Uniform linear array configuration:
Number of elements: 12
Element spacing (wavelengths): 0.75
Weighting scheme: exponential
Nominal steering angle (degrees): -60
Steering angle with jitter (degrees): -58.713
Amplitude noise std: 0.05
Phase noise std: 0.05

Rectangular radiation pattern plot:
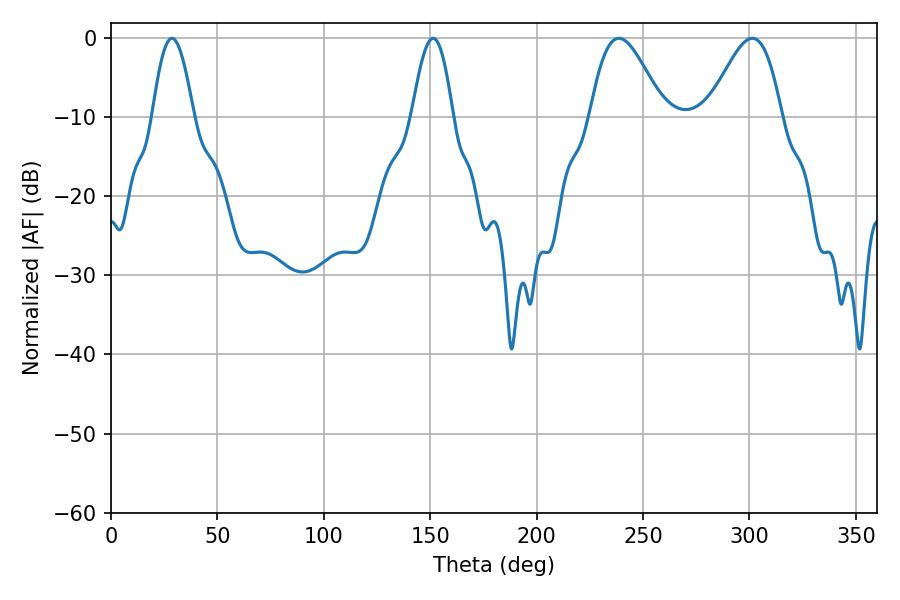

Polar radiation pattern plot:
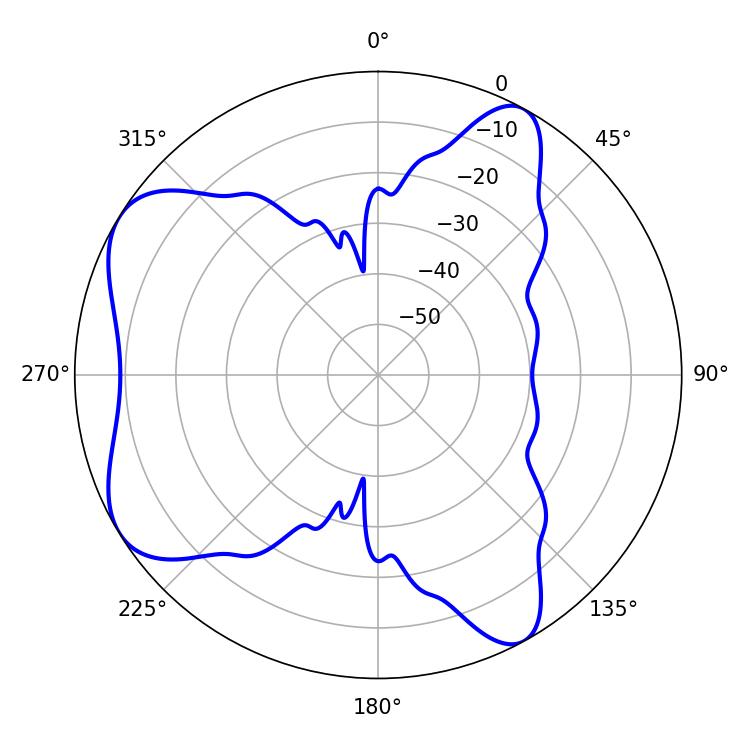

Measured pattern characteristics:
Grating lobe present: TRUE
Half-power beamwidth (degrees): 18.36
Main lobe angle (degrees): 238.68